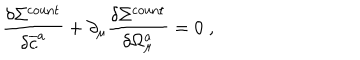
\frac { \delta \Sigma ^ { \mathrm { c o u n t } } } { \delta \overline { { { c } } } ^ { a } } + \partial _ { \mu } \frac { \delta \Sigma ^ { \mathrm { c o u n t } } } { \delta \Omega _ { \mu } ^ { a } } = 0 \; ,